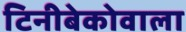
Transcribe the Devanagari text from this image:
टिनीबेकोवाला